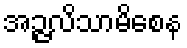
အဉ္ဇလိသာမိစေန